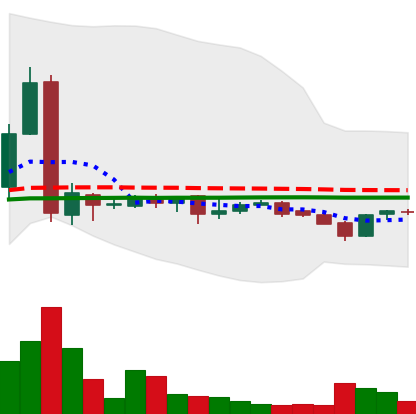
Ticker: LTC-USD
Chart end date: 2017-01-28
Forward return: 6.03%
Label: up_5_7